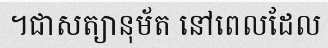
។ជាសត្យានុម័ត នៅពេលដែល